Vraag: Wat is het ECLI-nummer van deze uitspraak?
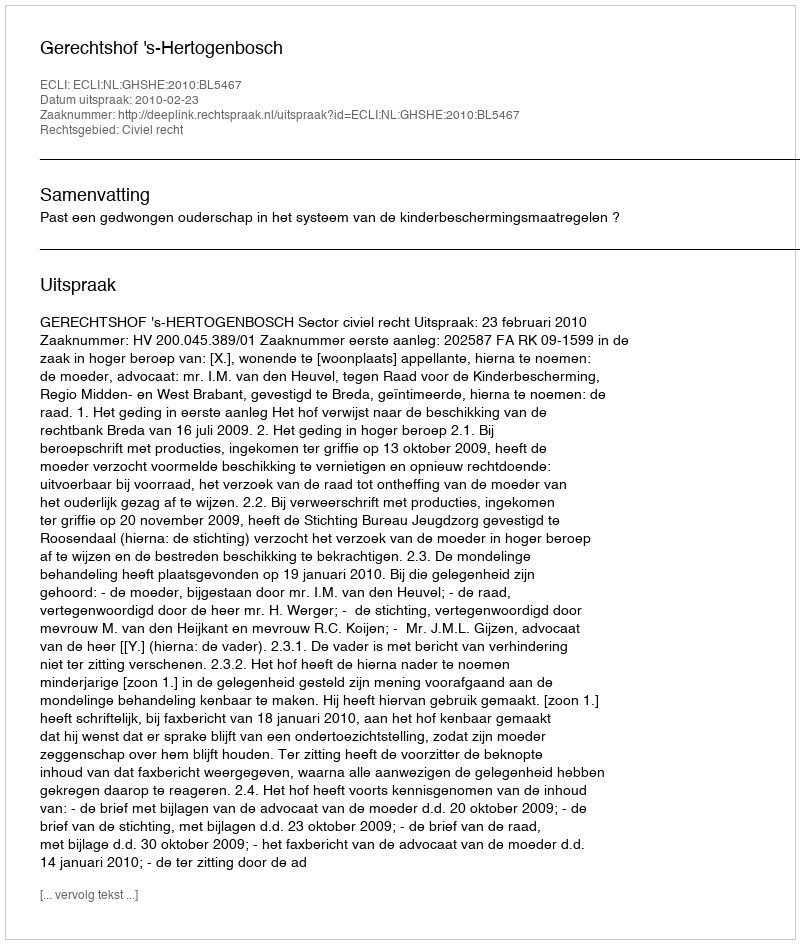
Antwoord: ECLI:NL:GHSHE:2010:BL5467